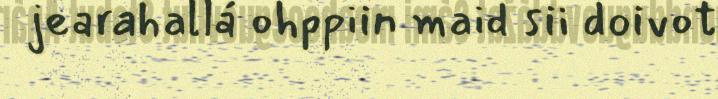
jearahallá ohppiin maid sii doivot